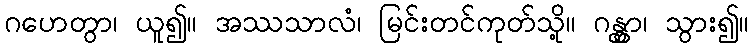
ဂဟေတွာ၊ ယူ၍။ အဿသာလံ၊ မြင်းတင်ကုတ်သို့။ ဂန္တွာ၊ သွား၍။